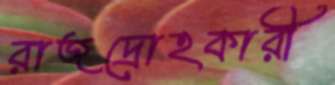
রাজদ্রোহকারী